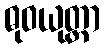
ဓုဝယုတ္တာ